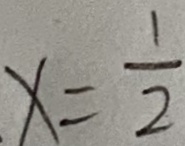
x = \frac { 1 } { 2 }